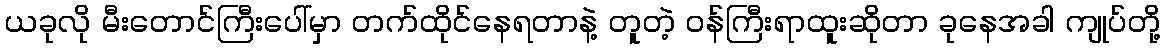
ယခုလို မီးတောင်ကြီးပေါ်မှာ တက်ထိုင်နေရတာနဲ့ တူတဲ့ ဝန်ကြီးရာထူးဆိုတာ ခုနေအခါ ကျုပ်တို့